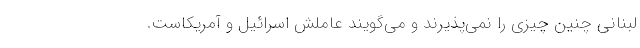
لبنانی چنین چیزی را نمی‌پذیرند و می‌گویند عاملش اسرائیل و آمریکاست.